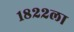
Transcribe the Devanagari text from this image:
१८२२ला